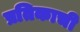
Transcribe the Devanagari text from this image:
प्रतिकाची